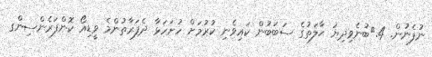
ނުފެނުން. 4.	ބުނެވިދިޔަ ޙާލަތުގެ ސަބަބުން ކައިވެނި ކުރުމަށް ހުށަހަޅާ ދެފަރާތުންމެ ވީޑިއޯ ކޮންފަރެންސިންގ